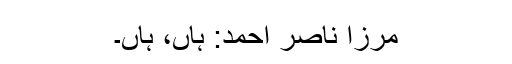
مرزا ناصر احمد: ہاں، ہاں۔